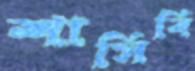
শাসিবি